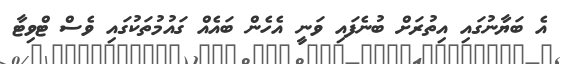
އެ ބަޔާނުގައި އިތުރަށް ބުނެފައި ވަނީ އެހެން ބައެއް ގައުމުތަކުގައި ވެސް ޓްވިޓާ